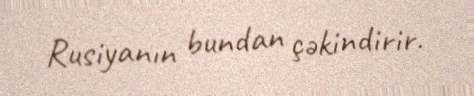
Rusiyanın bundan çəkindirir.